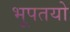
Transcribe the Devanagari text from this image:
भूपतयो